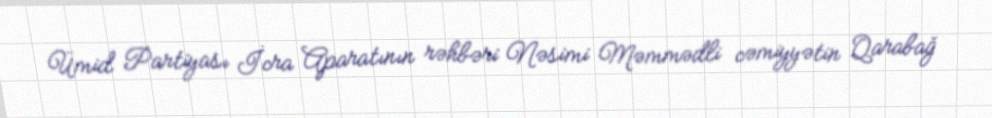
Ümid Partiyası İcra Aparatının rəhbəri Nəsimi Məmmədli cəmiyyətin Qarabağ